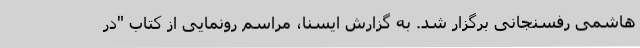
هاشمی رفسنجانی برگزار شد. به گزارش ایسنا، مراسم رونمایی از کتاب "در